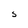
Character: S